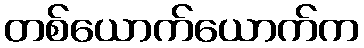
တစ်ယောက်ယောက်က